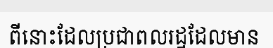
ពីនោះដែលប្រជាពលរដ្ឋដែលមាន